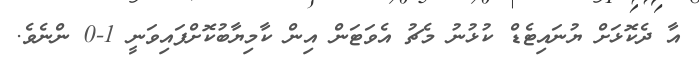
އާ ދެކޮޅަށް ޔުނައިޓެޑް ކުޅުނު މެޗު އެވަޓަން އިން ކާމިޔާބުކޮށްފައިވަނީ 1-0 ންނެވެ.